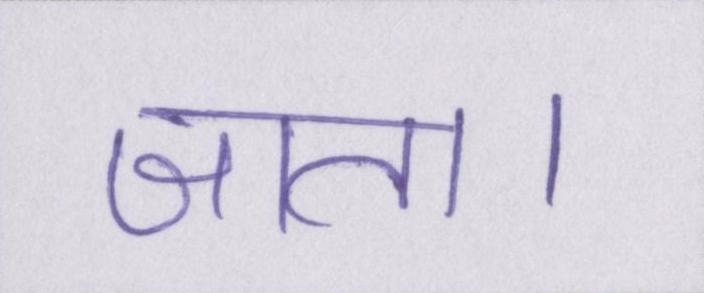
जाता।